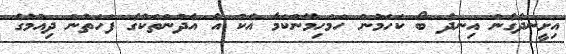
އިށީނދެގެން އިނދެ ބޯ ކަހަމުން ހަމަހިމޭންކަމާ އެކު އެ އެދުންތަކުގެ ފަހަތުން ދިއުމުގެ